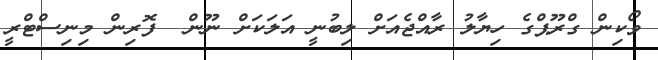
ވޯކިން ގްރޫޕްގެ ހިޔާލު ރާއްޖެއަށް ލިބުނީ އަލަކަށް ނޫން  ފޮރިން މިނިސްޓްރީ